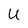
Character: U